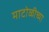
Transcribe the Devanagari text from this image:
माटोळीच्या